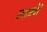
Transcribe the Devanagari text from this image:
लाखॊं